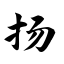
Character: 扬